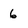
Character: 6